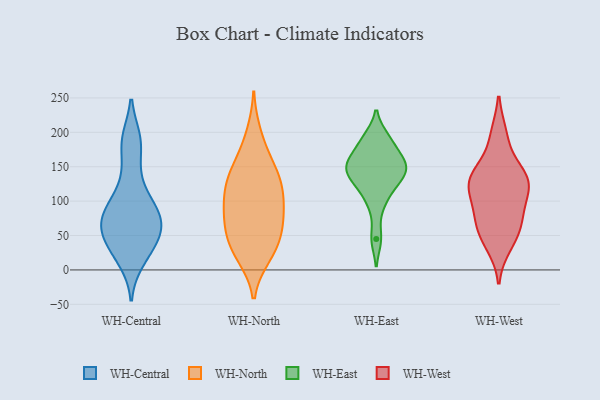
{"axis": {"x": "Budget (USD K)", "y": "Value"}, "legend": ["WH-Central", "WH-East", "WH-North", "WH-West"], "data": [{"x": "", "y": 69, "type": "WH-Central"}, {"x": "", "y": 51, "type": "WH-Central"}, {"x": "", "y": 14, "type": "WH-Central"}, {"x": "", "y": 186, "type": "WH-Central"}, {"x": "", "y": 28, "type": "WH-Central"}, {"x": "", "y": 101, "type": "WH-Central"}, {"x": "", "y": 68, "type": "WH-Central"}, {"x": "", "y": 88, "type": "WH-Central"}, {"x": "", "y": 41, "type": "WH-Central"}, {"x": "", "y": 88, "type": "WH-Central"}, {"x": "", "y": 61, "type": "WH-Central"}, {"x": "", "y": 139, "type": "WH-Central"}, {"x": "", "y": 189, "type": "WH-Central"}, {"x": "", "y": 63, "type": "WH-North"}, {"x": "", "y": 136, "type": "WH-North"}, {"x": "", "y": 123, "type": "WH-North"}, {"x": "", "y": 138, "type": "WH-North"}, {"x": "", "y": 168, "type": "WH-North"}, {"x": "", "y": 99, "type": "WH-North"}, {"x": "", "y": 21, "type": "WH-North"}, {"x": "", "y": 63, "type": "WH-North"}, {"x": "", "y": 109, "type": "WH-North"}, {"x": "", "y": 30, "type": "WH-North"}, {"x": "", "y": 142, "type": "WH-North"}, {"x": "", "y": 26, "type": "WH-North"}, {"x": "", "y": 78, "type": "WH-North"}, {"x": "", "y": 40, "type": "WH-North"}, {"x": "", "y": 73, "type": "WH-North"}, {"x": "", "y": 101, "type": "WH-North"}, {"x": "", "y": 197, "type": "WH-North"}, {"x": "", "y": 150, "type": "WH-East"}, {"x": "", "y": 160, "type": "WH-East"}, {"x": "", "y": 192, "type": "WH-East"}, {"x": "", "y": 143, "type": "WH-East"}, {"x": "", "y": 139, "type": "WH-East"}, {"x": "", "y": 189, "type": "WH-East"}, {"x": "", "y": 95, "type": "WH-East"}, {"x": "", "y": 168, "type": "WH-East"}, {"x": "", "y": 45, "type": "WH-East"}, {"x": "", "y": 117, "type": "WH-East"}, {"x": "", "y": 128, "type": "WH-East"}, {"x": "", "y": 152, "type": "WH-East"}, {"x": "", "y": 65, "type": "WH-West"}, {"x": "", "y": 124, "type": "WH-West"}, {"x": "", "y": 138, "type": "WH-West"}, {"x": "", "y": 97, "type": "WH-West"}, {"x": "", "y": 124, "type": "WH-West"}, {"x": "", "y": 54, "type": "WH-West"}, {"x": "", "y": 72, "type": "WH-West"}, {"x": "", "y": 122, "type": "WH-West"}, {"x": "", "y": 124, "type": "WH-West"}, {"x": "", "y": 73, "type": "WH-West"}, {"x": "", "y": 196, "type": "WH-West"}, {"x": "", "y": 42, "type": "WH-West"}, {"x": "", "y": 195, "type": "WH-West"}, {"x": "", "y": 147, "type": "WH-West"}, {"x": "", "y": 91, "type": "WH-West"}, {"x": "", "y": 36, "type": "WH-West"}, {"x": "", "y": 136, "type": "WH-West"}, {"x": "", "y": 132, "type": "WH-West"}]}